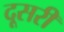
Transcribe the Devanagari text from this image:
दूसरी